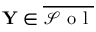
\mathbf { Y } \in \overline { { \mathcal { S } \mathrm { ~ o ~ l ~ } } }